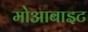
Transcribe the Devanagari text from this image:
मोआबाइट